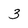
Character: 3